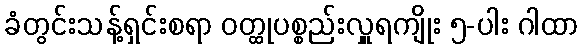
ခံတွင်းသန့်ရှင်းစရာ ဝတ္ထုပစ္စည်းလှူရကျိုး ၅-ပါး ဂါထာ